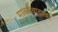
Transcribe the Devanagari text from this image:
मार्क्सवादावर